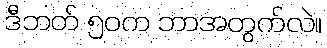
ဒီဘတ် ၅၀က ဘာအတွက်လဲ။